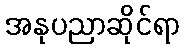
အနုပညာဆိုင်ရာ